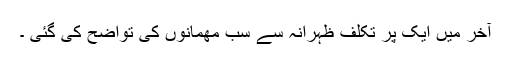
آخر میں ایک پُر تکلف ظہرانہ سے سب مھمانوں کی تواضح کی گئی ۔